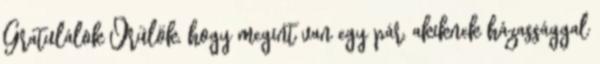
Gratulálok Örülök, hogy megint van egy pár, akiknek házassággal